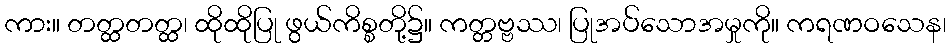
ကား။ တတ္ထတတ္ထ၊ ထိုထိုပြု ဖွယ်ကိစ္စတို့၌။ ကတ္တဗ္ဗဿ၊ ပြုအပ်သောအမှုကို။ ကရဏဝသေန၊